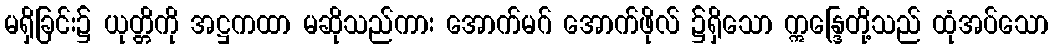
မရှိခြင်း၌ ယုတ္တိကို အဋ္ဌကထာ မဆိုသည်ကား အောက်မဂ် အောက်ဖိုလ် ၌ရှိသော ဣန္ဒြေတို့သည် ထုံအပ်သော